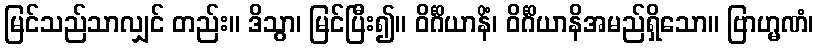
မြင်သည်သာလျှင် တည်း။ ဒိသွာ၊ မြင်ပြီး၍။ ဝိင်္ဂိယာနိံ၊ ဝိင်္ဂိယာနိအမည်ရှိသော။ ဗြာဟ္မဏံ၊